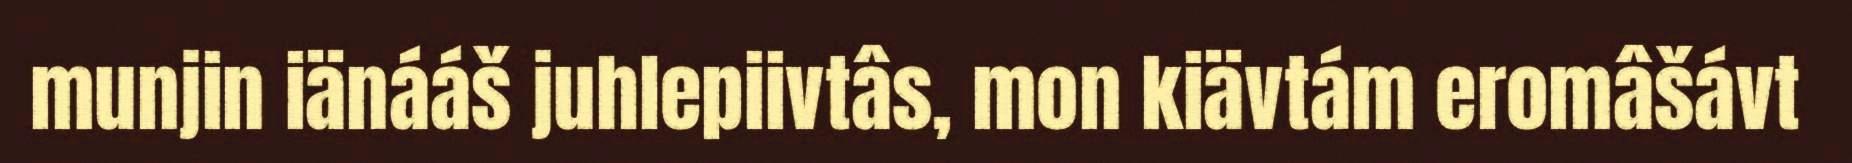
munjin iänááš juhlepiivtâs, mon kiävtám eromâšávt